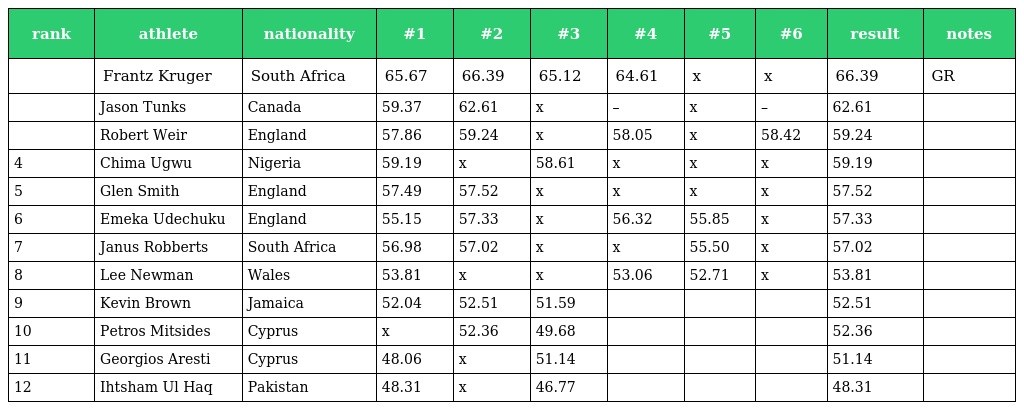
| rank | athlete | nationality | #1 | #2 | #3 | #4 | #5 | #6 | result | notes |
 | --- | --- | --- | --- | --- | --- | --- | --- | --- | --- | --- |
 |  | Frantz Kruger | South Africa | 65.67 | 66.39 | 65.12 | 64.61 | x | x | 66.39 | GR |
 |  | Jason Tunks | Canada | 59.37 | 62.61 | x | – | x | – | 62.61 |  |
 |  | Robert Weir | England | 57.86 | 59.24 | x | 58.05 | x | 58.42 | 59.24 |  |
 | 4 | Chima Ugwu | Nigeria | 59.19 | x | 58.61 | x | x | x | 59.19 |  |
 | 5 | Glen Smith | England | 57.49 | 57.52 | x | x | x | x | 57.52 |  |
 | 6 | Emeka Udechuku | England | 55.15 | 57.33 | x | 56.32 | 55.85 | x | 57.33 |  |
 | 7 | Janus Robberts | South Africa | 56.98 | 57.02 | x | x | 55.50 | x | 57.02 |  |
 | 8 | Lee Newman | Wales | 53.81 | x | x | 53.06 | 52.71 | x | 53.81 |  |
 | 9 | Kevin Brown | Jamaica | 52.04 | 52.51 | 51.59 |  |  |  | 52.51 |  |
 | 10 | Petros Mitsides | Cyprus | x | 52.36 | 49.68 |  |  |  | 52.36 |  |
 | 11 | Georgios Aresti | Cyprus | 48.06 | x | 51.14 |  |  |  | 51.14 |  |
 | 12 | Ihtsham Ul Haq | Pakistan | 48.31 | x | 46.77 |  |  |  | 48.31 |  |